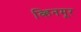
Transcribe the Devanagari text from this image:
व्हिनमूर